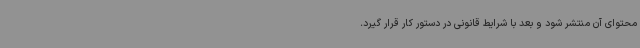
محتوای آن منتشر شود و بعد با شرایط قانونی در دستور کار قرار گیرد.